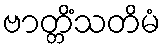
ဗာတ္တိံသတိမံ